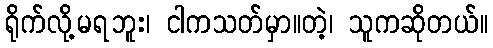
ရိုက်လို့မရဘူး၊ ငါကသတ်မှာ။တဲ့၊ သူကဆိုတယ်။